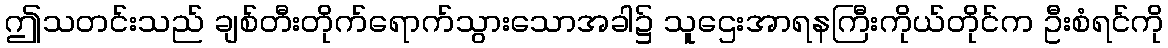
ဤသတင်းသည် ချစ်တီးတိုက်ရောက်သွားသောအခါ၌ သူဌေးအာရနကြီးကိုယ်တိုင်က ဦးစံရင်ကို